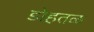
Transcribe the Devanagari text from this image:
डोहतळ